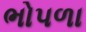
ભોપળા